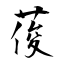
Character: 葰